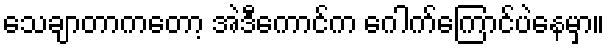
သေချာတာကတော့ အဲဒီကောင်က ဂေါက်ကြောင်ပဲနေမှာ။